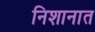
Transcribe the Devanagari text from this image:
निशानात